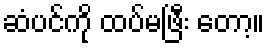
ဆံပင်ကို ထပ်မဖြီး တော့။